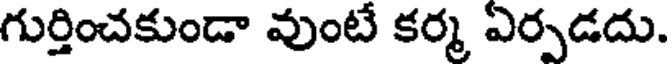
గుర్తించకుండా వుంటే కర్మ ఏర్పడదు.